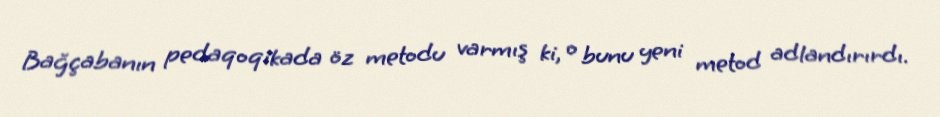
Bağçabanın pedaqoqikada öz metodu varmış ki, o bunu yeni metod adlandırırdı.